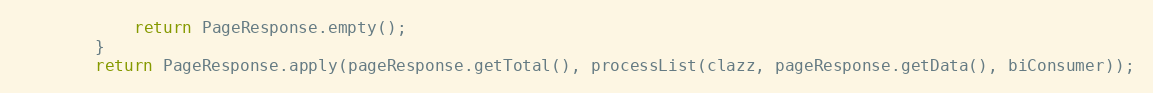
Language: Java
            return PageResponse.empty();
        }
        return PageResponse.apply(pageResponse.getTotal(), processList(clazz, pageResponse.getData(), biConsumer));